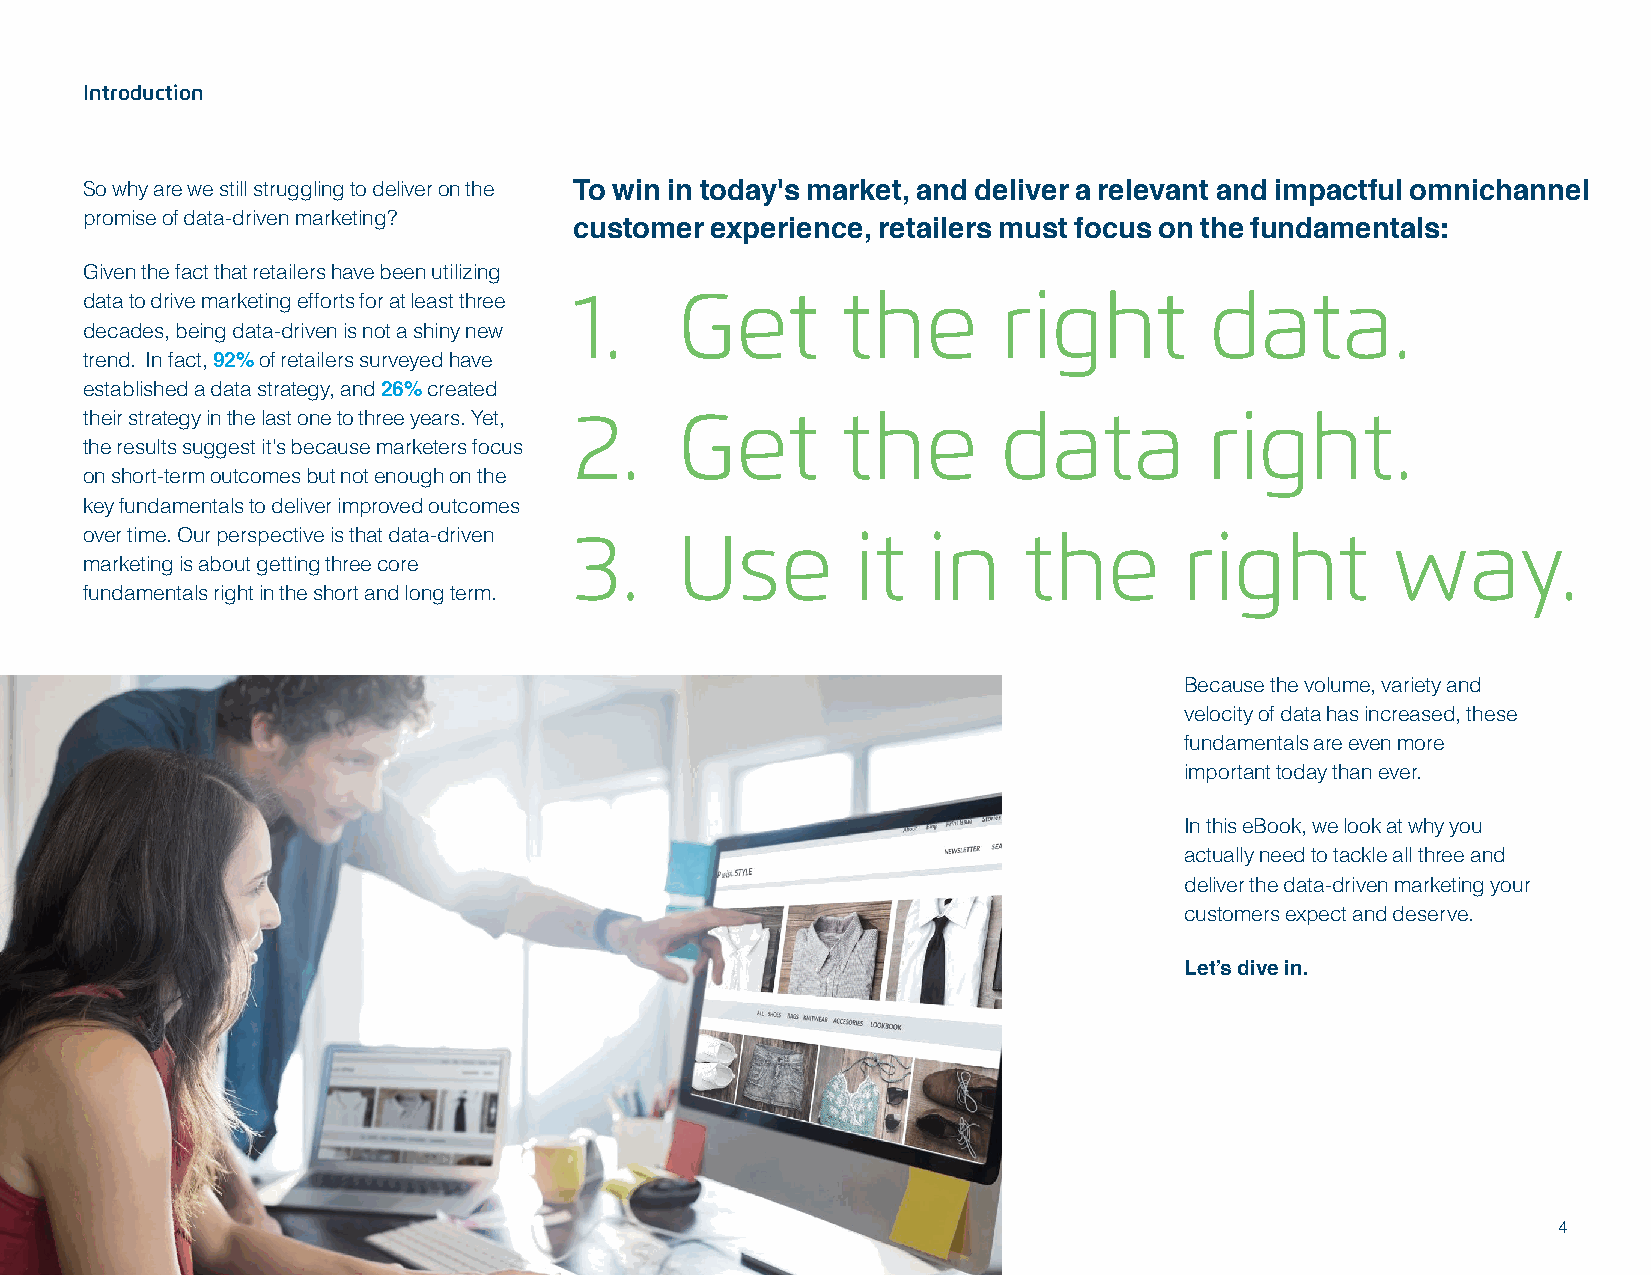
Introduction
 So why are we still struggling to deliver on the To win in today's market, and deliver a relevant and impactful omnichannel
 promise of data-driven marketing?
 customer experience, retailers must focus on the fundamentals:
 Given the fact that retailers have been utilizing
 data to drive marketing efforts for at least three 1. Get the right       data.
 decades, being data-driven is not a shiny new
 trend. In fact, 92% of retailers surveyed have
 established a data strategy, and 26% created
 their strategy in the last one to three years. Yet, 2. Get the data       right.
 the results suggest it’s because marketers focus
 on short-term outcomes but not enough on the
 key fundamentals to deliver improved outcomes
 over time. Our perspective is that data-driven 3. Use it in   the       right         way.
 marketing is about getting three core
 fundamentals right in the short and long term.
 Because the volume, variety and
 velocity of data has increased, these
 fundamentals are even more
 important today than ever.
 In this eBook, we look at why you
 actually need to tackle all three and
 deliver the data-driven marketing your
 customers expect and deserve.
 Let’s dive in.
 4